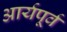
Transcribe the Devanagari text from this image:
आर्यपूर्व